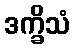
ဒက္ခိသံ